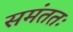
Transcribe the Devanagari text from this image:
समंततः